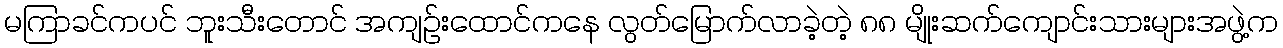
မကြာခင်ကပင် ဘူးသီးတောင် အကျဉ်းထောင်ကနေ လွတ်မြောက်လာခဲ့တဲ့ ၈၈ မျိုးဆက်ကျောင်းသားများအဖွဲ့က